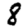
Digit: 8